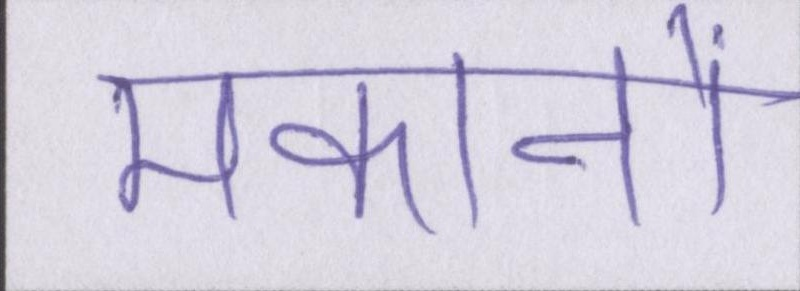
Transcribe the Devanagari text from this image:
मकानों